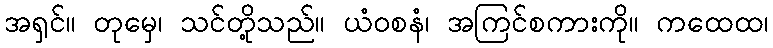
အရှင်။ တုမှေ၊ သင်တို့သည်။ ယံဝစနံ၊ အကြင်စကားကို။ ကထေထ၊